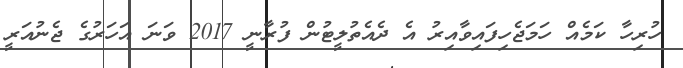
ހުރިހާ ކަމެއް ހަމަޖެހިފައިވާއިރު އެ ދެއެތުލީޓުން ފުރާނީ 2017 ވަނަ އަހަރުގެ ޖެނުއަރީ